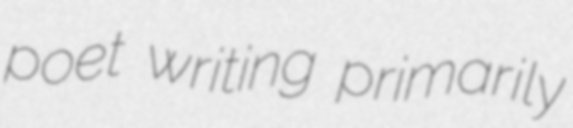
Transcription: poet writing primarily